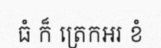
ធំ ក៏ ត្រេកអរ ខំ